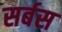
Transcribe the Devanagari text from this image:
सर्बस